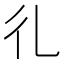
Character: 𢒽